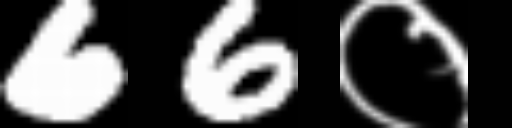
Text: 66०